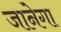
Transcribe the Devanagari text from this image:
जानेगा